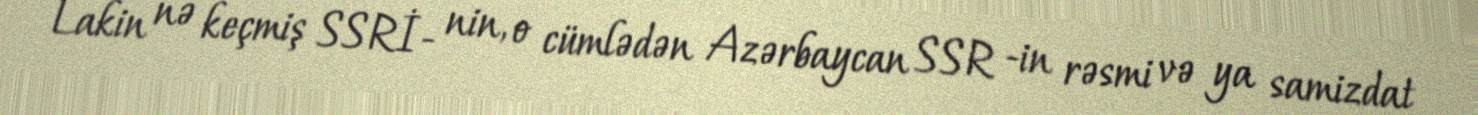
Lakin nə keçmiş SSRİ- nin, o cümlədən Azərbaycan SSR -in rəsmi və ya samizdat